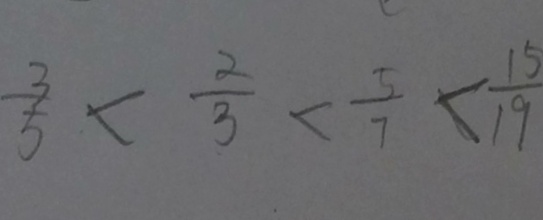
\frac { 3 } { 5 } < \frac { 2 } { 3 } < \frac { 5 } { 7 } < \frac { 1 5 } { 1 9 }